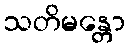
သတိမန္တော